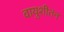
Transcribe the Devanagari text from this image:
वायुशीतन